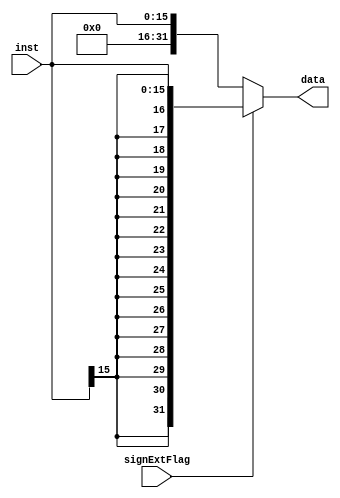
`timescale 1ns / 1ps
//////////////////////////////////////////////////////////////////////////////////
// Company: 
// Engineer: 
// 
// Design Name: 
// Module Name: signext
// Project Name: 
// Target Devices: 
// Tool Versions: 
// Description: 
// 
// Dependencies: 
// 
// Revision:
// Revision 0.01 - File Created
// Additional Comments:
// 
//////////////////////////////////////////////////////////////////////////////////


module signext(
        input  [15:0] inst,
        input  signExtFlag,
        output [31:0] data
    );
    assign data = signExtFlag ? {{16{inst[15]}}, inst} : {{16{1'b0}}, inst};
endmodule